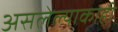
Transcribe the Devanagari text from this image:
असलेल्याकाही